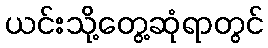
ယင်းသို့တွေ့ဆုံရာတွင်